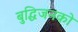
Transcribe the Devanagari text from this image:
बुद्धिजनको